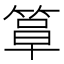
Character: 𫂍